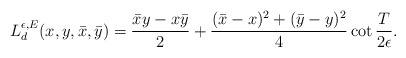
\begin{align*}L^{\epsilon,E}_d(x,y,\bar x, \bar y) = \frac{\bar x y - x \bar y}{2}+\frac{(\bar x-x)^2+(\bar y-y)^2}{4} \cot \frac{T}{2 \epsilon}.\end{align*}